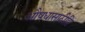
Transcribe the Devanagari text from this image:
औषधासाठीहि